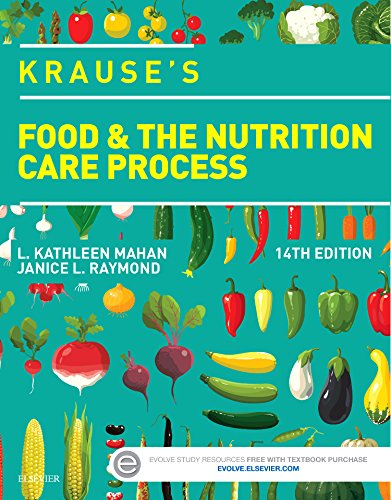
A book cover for Krause's Food & the Nutrition Care Process, 14e (Krause's Food & Nutrition Therapy); L. Kathleen Mahan MS  RD  CDE; Medical Books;